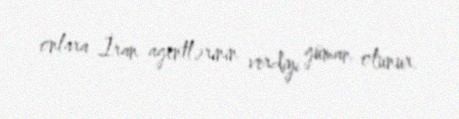
onlara İran agentlərinin verdiyi güman olunur.